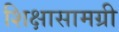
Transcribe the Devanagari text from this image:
शिक्षासामग्री